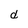
Character: d